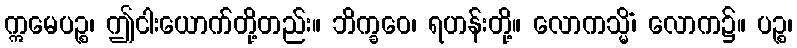
ဣမေပဉ္စ၊ ဤငါးယောက်တို့တည်း။ ဘိက္ခဝေ၊ ရဟန်းတို့။ လောကသ္မိံ၊ လောက၌။ ပဉ္စ၊